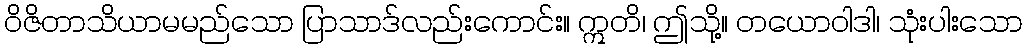
ဝိဇိတာသိယာမမည်သော ပြာသာဒ်လည်းကောင်း။ ဣတိ၊ ဤသို့။ တယောဝါဒါ၊ သုံးပါးသော